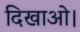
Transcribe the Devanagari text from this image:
दिखाओ।